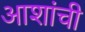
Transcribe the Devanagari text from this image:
आशांची